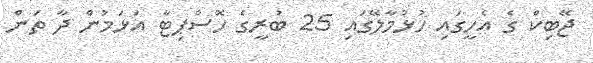
ޖޭބިކް ގެ އެހީގައި ހުޅުމާލޭގައި 25 ބުރީގެ ހޮސްޕިޓާ އަޅަމުން ދާ ތަން